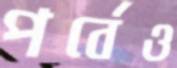
পর্বেও